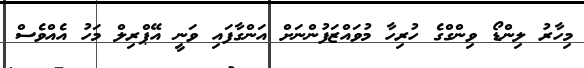
މިހާރު ލިންޑޯ ވިންގްގެ ހުރިހާ މުވައްޒަފުންނަށް އަންގާފައި ވަނީ އޭޕްރިލް މަހު އެއްވެސް